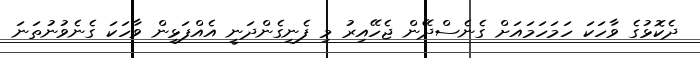
ދެކޮޅުގެ ވާހަކަ ހަމަހަމައަށް ގެނެސްދޭން ޖެހޭއިރު މި ފެނިގެންދަނީ އެއްފަޅިން ވާހަކަ ގެނެވުނުތަނަ